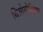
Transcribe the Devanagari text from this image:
थिओलोजियन